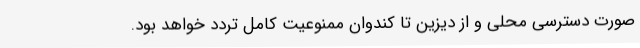
صورت دسترسی محلی و از دیزین تا کندوان ممنوعیت کامل تردد خواهد بود.